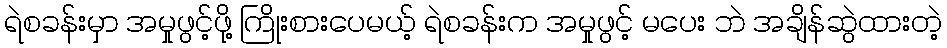
ရဲစခန်းမှာ အမှုဖွင့်ဖို့ ကြိုးစားပေမယ့် ရဲစခန်းက အမှုဖွင့် မပေး ဘဲ အချိန်ဆွဲထားတဲ့